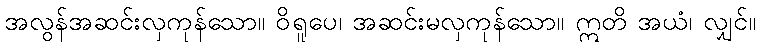
အလွန်အဆင်းလှကုန်သော။ ဝိရူပေ၊ အဆင်းမလှကုန်သော။ ဣတိ အယံ၊ လျှင်။